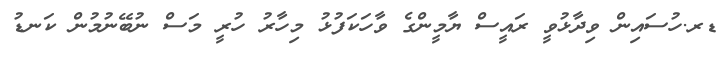
ޑރ.ހުސައިން ވިދާޅުވީ ރައީސް ޔާމީންގެ ވާހަކަފުޅު މިހާރު ހުރީ މަސް ނުބޭނުމުން ކަނޑު